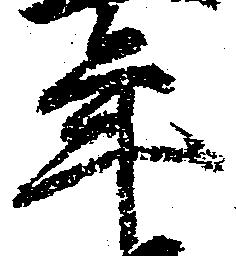
年